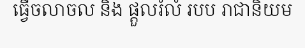
ធ្វើចលាចល និង ផ្តួលរំលំ របប រាជានិយម